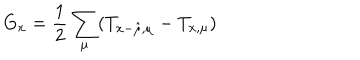
G _ { x } = \frac { 1 } { 2 } \sum _ { \mu } ( T _ { x - \hat { \mu } , \mu } - T _ { x , \mu } )